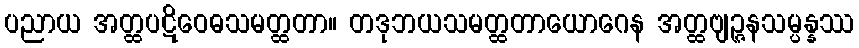
ပညာယ အတ္ထပဋိဝေဓသမတ္ထတာ။ တဒုဘယသမတ္ထတာယောဂေန အတ္ထဗျဉ္ဇနသမ္ပန္နဿ